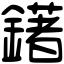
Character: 鐯